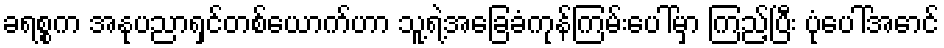
ခရစ္စက အနုပညာရှင်တစ်ယောက်ဟာ သူ့ရဲ့အခြေခံကုန်ကြမ်းပေါ်မှာ ကြည့်ပြီး ပုံပေါ်အောင်